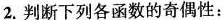
2.判断下列各函数的奇偶性：